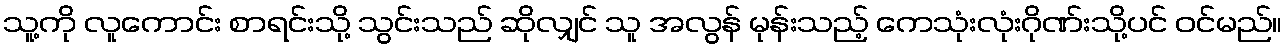
သူ့ကို လူကောင်း စာရင်းသို့ သွင်းသည် ဆိုလျှင် သူ အလွန် မုန်းသည့် ကေသုံးလုံးဂိုဏ်းသို့ပင် ဝင်မည်။